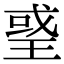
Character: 𤦒